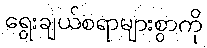
ရွေးချယ်စရာများစွာကို